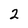
Character: 2